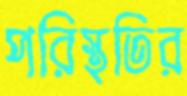
পরিস্থতির